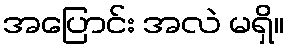
အပြောင်း အလဲ မရှိ။